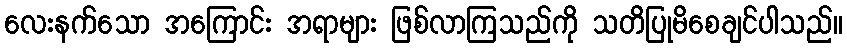
လေးနက်သော အကြောင်း အရာများ ဖြစ်လာကြသည်ကို သတိပြုမိစေချင်ပါသည်။